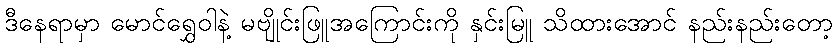
ဒီနေရာမှာ မောင်ရွှေဝါနဲ့ မဗျိုင်းဖြူအကြောင်းကို နှင်းမြူ သိထားအောင် နည်းနည်းတော့